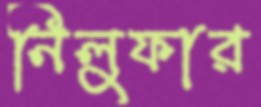
নিলুফার